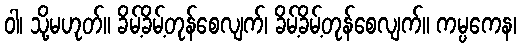
ဝါ၊ သို့မဟုတ်။ ခိမ့်ခိမ့်တုန်စေလျက်၊ ခိမ့်ခိမ့်တုန်စေလျက်။ ကမ္ပကေန၊